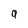
Character: 9